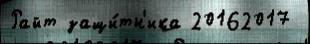
Райт защи́тн'ика 20162017